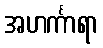
အဟင်္ကာရာ